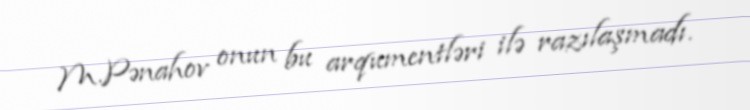
M.Pənahov onun bu arqumentləri ilə razılaşmadı.